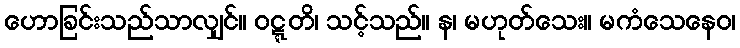
ဟောခြင်းသည်သာလျှင်။ ဝဋ္ဋတိ၊ သင့်သည်။ န၊ မဟုတ်သေး။ မကံသေနေဝ၊